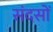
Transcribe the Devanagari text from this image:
संदसों